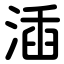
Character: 㴙